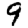
Digit: 9